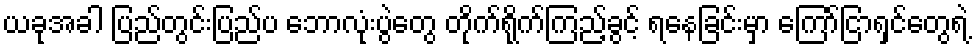
ယခုအခါ ပြည်တွင်းပြည်ပ ဘောလုံးပွဲတွေ တိုက်ရိုက်ကြည့်ခွင့် ရနေခြင်းမှာ ကြော်ငြာရှင်တွေရဲ့